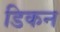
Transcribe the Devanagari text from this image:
डिकन